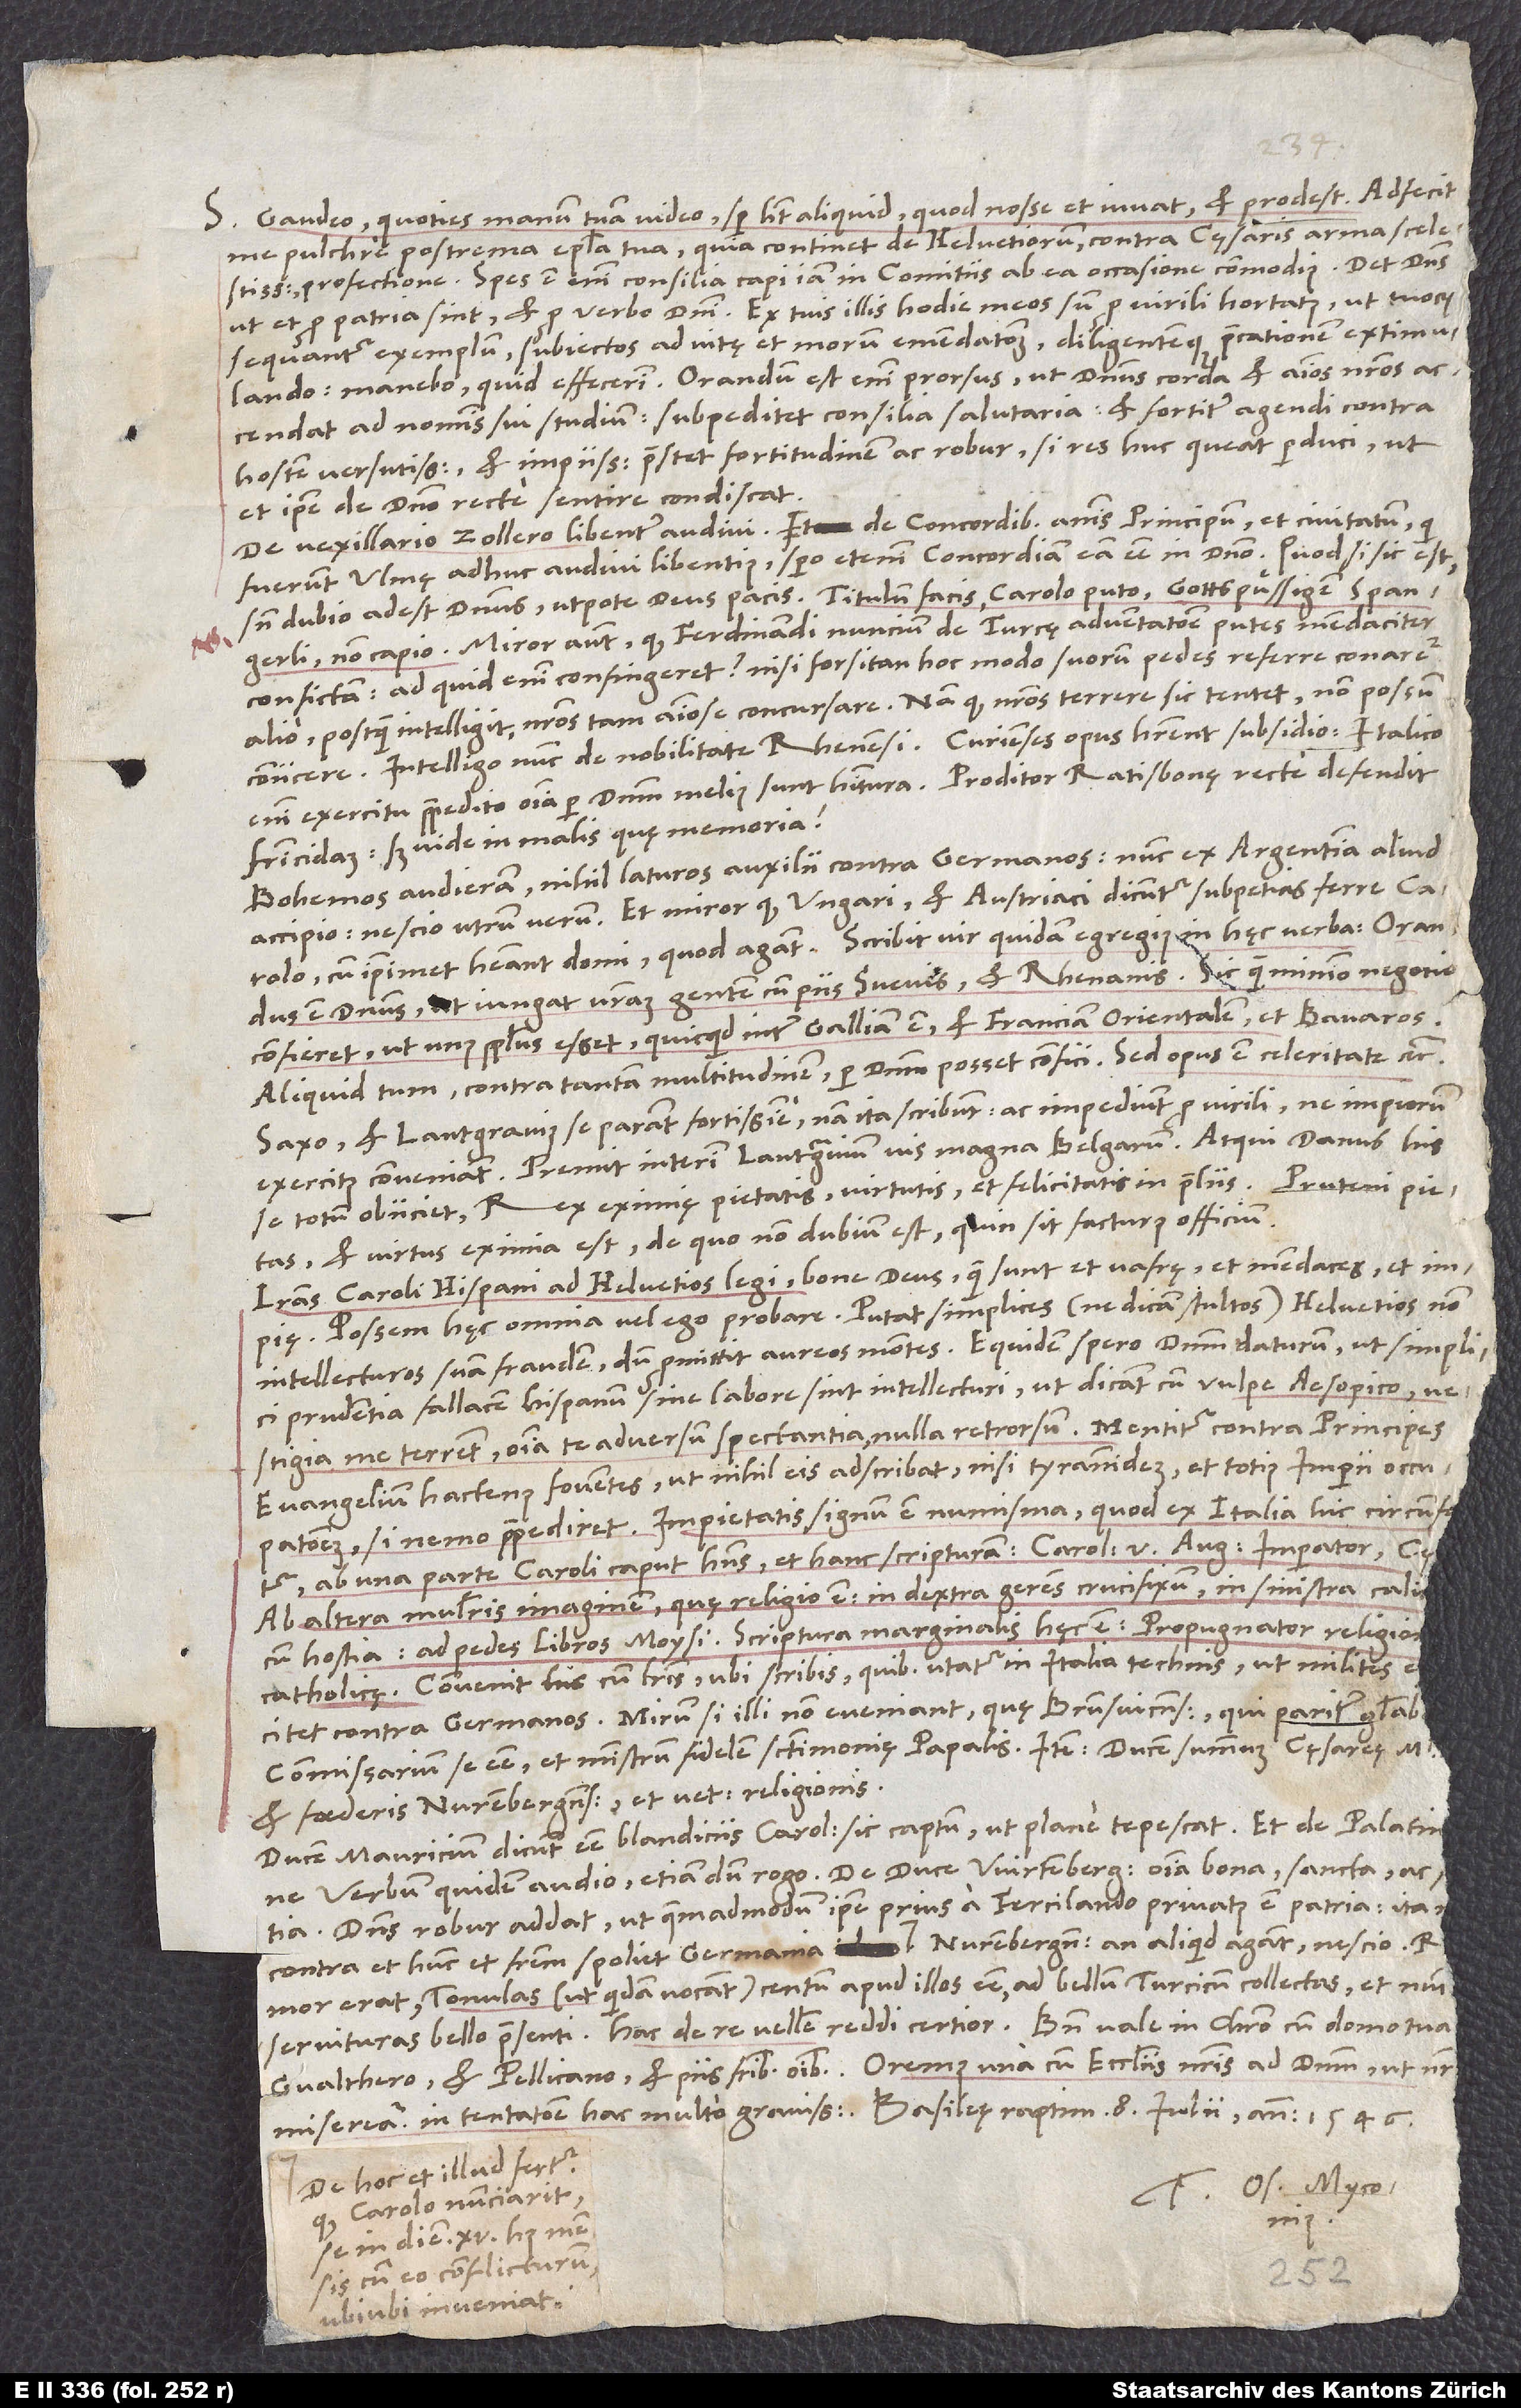
Gaudeo, quoties manum tuam video. Semper habet aliquid, quod nosse et iuvat et prodest. Adfecit
me pulchre postrema epistola tua, quia continet de Helvetiorum contra cęsaris arma scelestissima
profectione. Spes est enim consilia capi iam in comitiis ab ea occasione commodius. Det dominus,
sequantur exemplum, subiectos ad vitę et morum emendationem diligentemque precationem extimulando.
Manebo, quid effecerim. Orandum est enim prorsus, ut dominus corda et animos nostros
accendat ad nominis sui studium, subpeditet consilia salutaria et fortiter agendi contra
hostem versutissimum et impiissimum praestet fortitudinem ac robur, si res huc queat perduci, ut
et ipse de domino recte sentire condiscat.
De vexillario Zollero libenter audivi. Et de concordibus animis principum et civitatum, qui
fuerunt Ulmę, adhuc audivi libentius. Spero etenim concordiam eam esse in domino. Quod, si sic est,
sine dubio adest dominus, utpote deus pacis. Titulum facis, Carolo puto, gottspuͤssigen Spangerli;
non capio. Miror autem, quod Ferdinandi nuncium de Turcę adventatione putes mendaciter
confictum. Ad quid enim confingeret, nisi forsitan hoc modo suorum pedes referre conaretur
alio, postquam intelligit nostros tam animose concursare? Nam quod nostros terrere sic tentet, non possum
coniicere. Intelligo nunc de nobilitate Rhenensi. Curienses opus haberent subsidio; Italico
enim exercitu praepedito omnia per dominum melius sunt habitura. Proditor Ratisbonę recte defendit
fratricidam; sed vide in malis quę memoria!
Bohemos audieram nihil laturos auxilii contra Germanos. Nunc ex Argentina aliud
accipio. Nescio, utrum verum. Et miror, quod Ungari et Austriaci dicuntur subpetias ferre Carolo,
cum ipsimet habeant domi, quod agant. Scribit vir quidam egregius in hęc verba: „Orandus
est dominus, ut iungat nostram gentem cum piis Suevis et Rhenanis; sic quam minimo negocio
confieret, ut unus populus esset, quicquid inter Galliam est et Franciam Orientalem et Bavaros.“
Aliquid tum contra tantam multitudinem per dominum posset confici. Sed opus est celeritate, etc.
Saxo et lantgravius se parant fortissime (nam ita scribunt), ac impediunt pro virili, ne impiorum
se totum obiiciet - rex eximię pietatis, virtutis et felicitatis in proeliis. Pruteni pietas
et virtus eximia est; de quo non dubium est, quin sit facturus officium.
Literas Caroli Hispani ad Helvetios legi. Bone deus, quam sunt et vafrę et mendaces et
Possem hęc omnia vel ego probare. Putat simplices (ne dicam stultos) Helvetios, non
intellecturos suam fraudem, dum promittit aureos montes. Equidem spero dominum daturum, ut simplici
prudentia fallacem Hispanum sine labore sint intellecturi, ut dicant cum vulpe Aesopico:
„Vestigia me terrent omnia, te adversum spectantia nulla retrorsum.“ Mentitur contra principes
evangelium hactenus foventes, ut nihil eis adscribat nisi tyrannidem et totius imperii occupationem,
praepediret. Impietatis signum est numisma, quod ex Italia hic circumfe
commissarium se esse et ministrum fidelem sanctimonię papalis, item ducem summum cęsareę maiestatis
et foederis Nurembergensis et veteris religionis.
Ducem Mauricium dicunt esse blandiciis Caroli sic captum, ut plane tepescat. Et de Palatin
Rmor erat tonulas (ut quidam vocant) centum apud illos esse ad bellum Turcicum collectas et nunc
Gvalthero et Pellicano et piis fratribus omnibus. Oremus una cum ecclesiis vestris ad dominum, ut nostr
misereatur in tentatione hac multo gravissima. Basileę raptim, 8. iulii anno 1546.
De hoc et illud fertur,
Carolo nunciarit
quod
se in diem 15. huius mensis
cum eo conflicturum,
ubiubi inveniat.